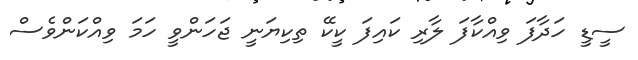
ސީޑީ ހަދާފަ ވިއްކާފަ ލާރި ކައިފަ ކީކޭ ތިކިޔަނީ ޖަހަންވީ ހަމަ ވިއްކަންވެސް